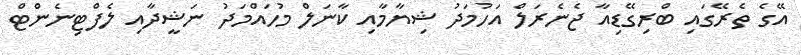
އޭގެ ތެރޭގައި ބްރިގޭޑިއާ ޖެނެރަލް އަހުމަދު ޝިޔާމާއި ކާނަލް މުހައްމަދު ނަޝީދާއި ލެފްޓިނެންޓް